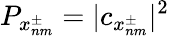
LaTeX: P_{x_{nm}^{\pm}}=|c_{x_{nm}^{\pm}}|^{2}